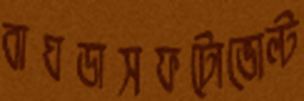
বাঘডাসফটোভোল্ট